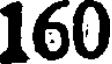
160